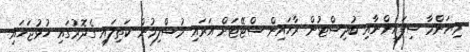
މިޔަންމާ ސިފައިންނާއި ބުދިސްޓުން ރާޚައިން ސްޓޭޓަށް އަރައި މުސްލިމުން ކަތިލައި ގެދޮރުގައި ހުޅުޖަހައި